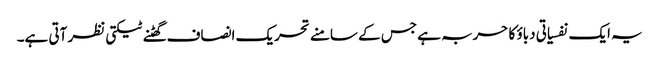
یہ ایک نفسیاتی دباؤ کا حربہ ہے جس کے سامنے تحریک انصاف گھٹنے ٹیکتی نظر آتی ہے۔